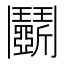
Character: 鬭